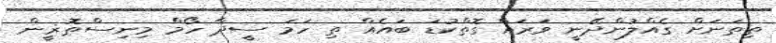
ތިތަނަށް ގެއްލުންދޭނީ ވަރައް ގޮތްކުޑަ ބައެއް ތި ހަމަ ސީދާ ހޯމް މިނިސްތޮޜީން